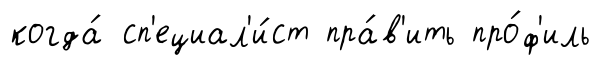
когда́ сп'ециал'и́ст пра́в'ить про́ф'иль